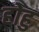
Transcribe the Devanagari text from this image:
होहु